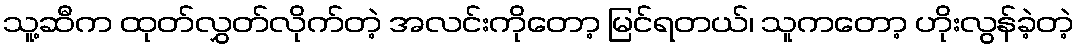
သူ့ဆီက ထုတ်လွှတ်လိုက်တဲ့ အလင်းကိုတော့ မြင်ရတယ်၊ သူကတော့ ဟိုးလွန်ခဲ့တဲ့